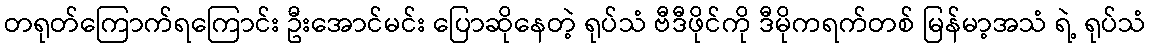
တရုတ်ကြောက်ရကြောင်း ဦးအောင်မင်း ပြောဆိုနေတဲ့ ရုပ်သံ ဗီဒီဖိုင်ကို ဒီမိုကရက်တစ် မြန်မာ့အသံ ရဲ့ ရုပ်သံ